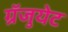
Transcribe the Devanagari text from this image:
ग्रॅजुयेट